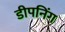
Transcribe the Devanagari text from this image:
डीपनिंग